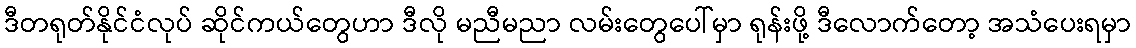
ဒီတရုတ်နိုင်ငံလုပ် ဆိုင်ကယ်တွေဟာ ဒီလို မညီမညာ လမ်းတွေပေါ်မှာ ရုန်းဖို့ ဒီလောက်တော့ အသံပေးရမှာ